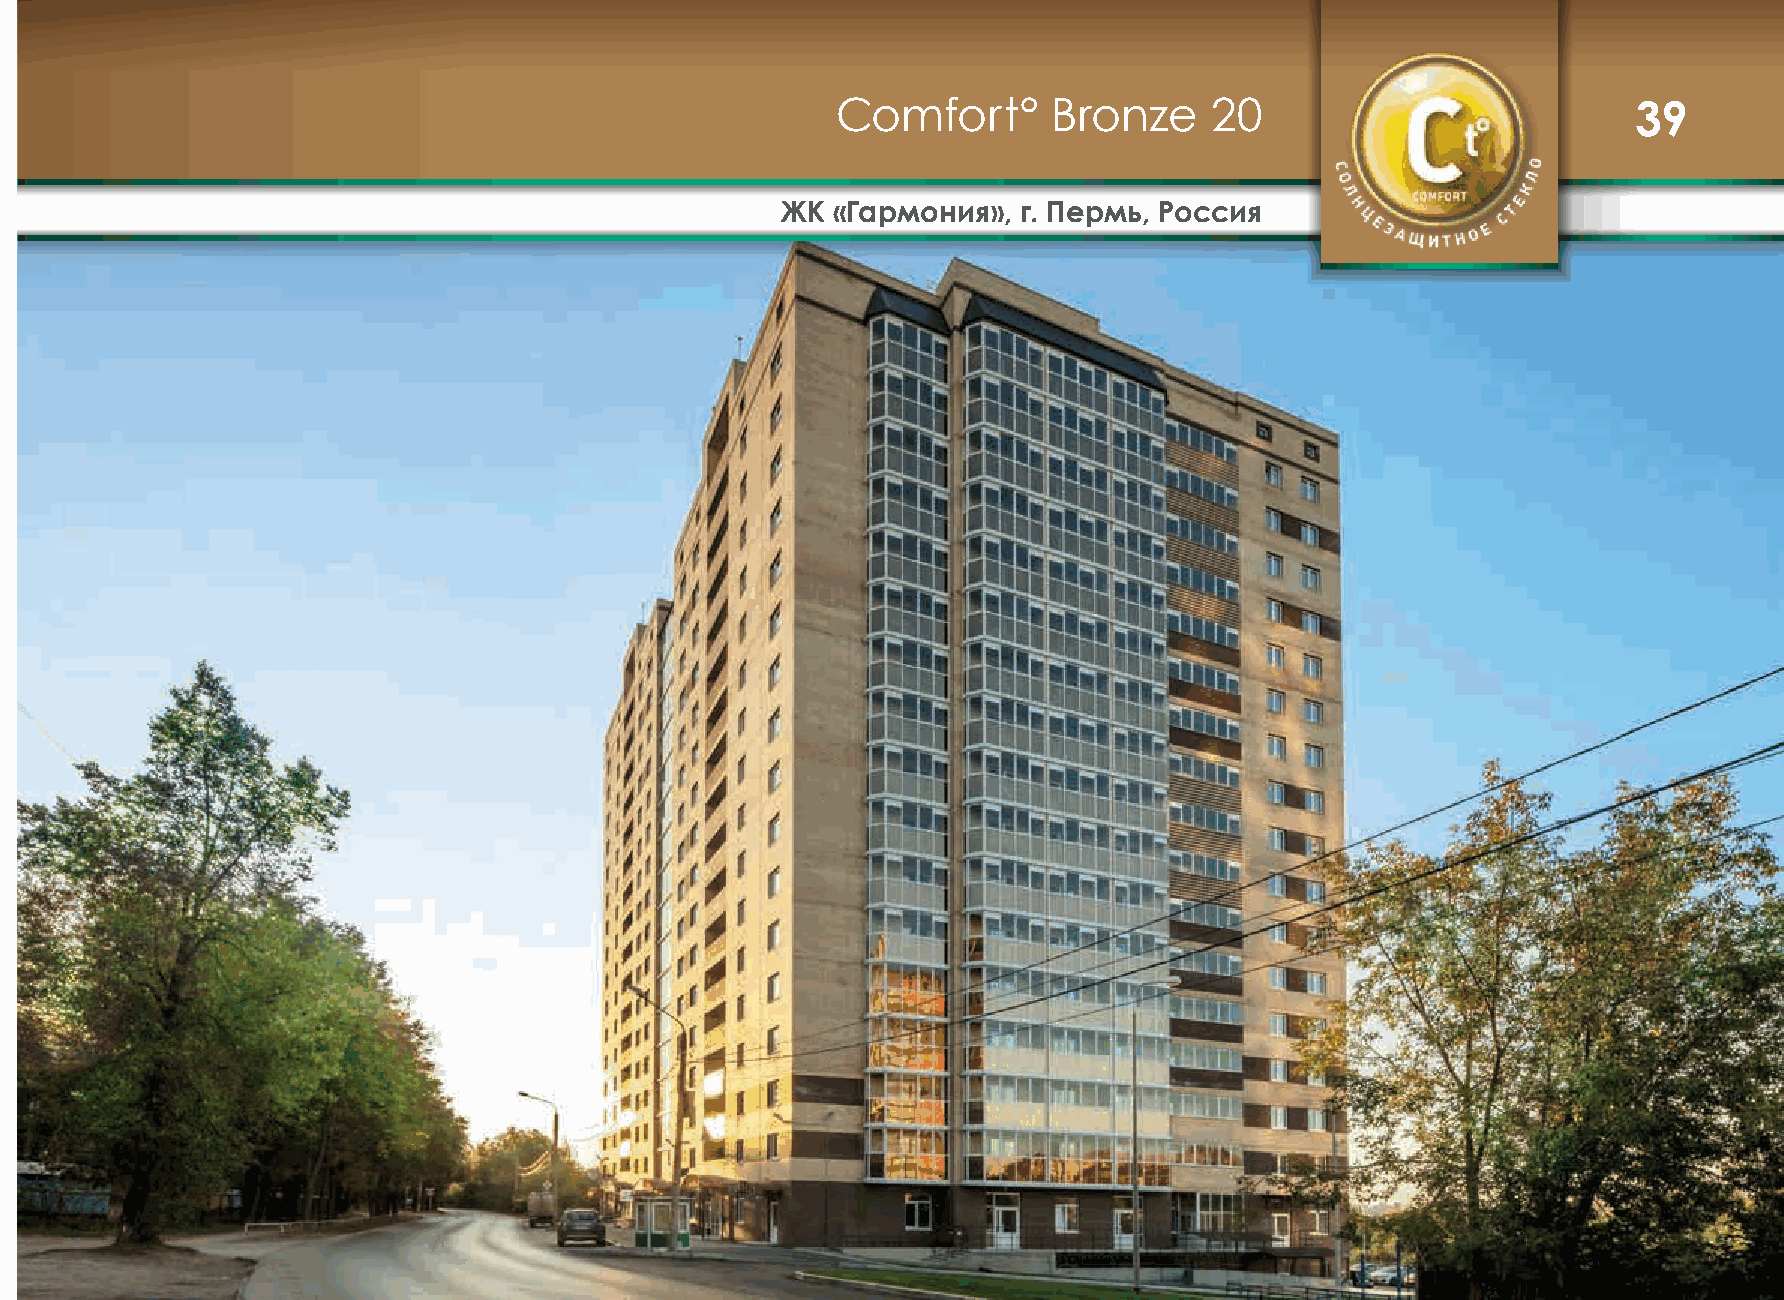
Comfort°       Bronze    20                          39
 ЖК «Гармония»,  г. Пермь, Россия